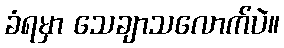
ခံရမှာ သေချာသလောက်ပဲ။